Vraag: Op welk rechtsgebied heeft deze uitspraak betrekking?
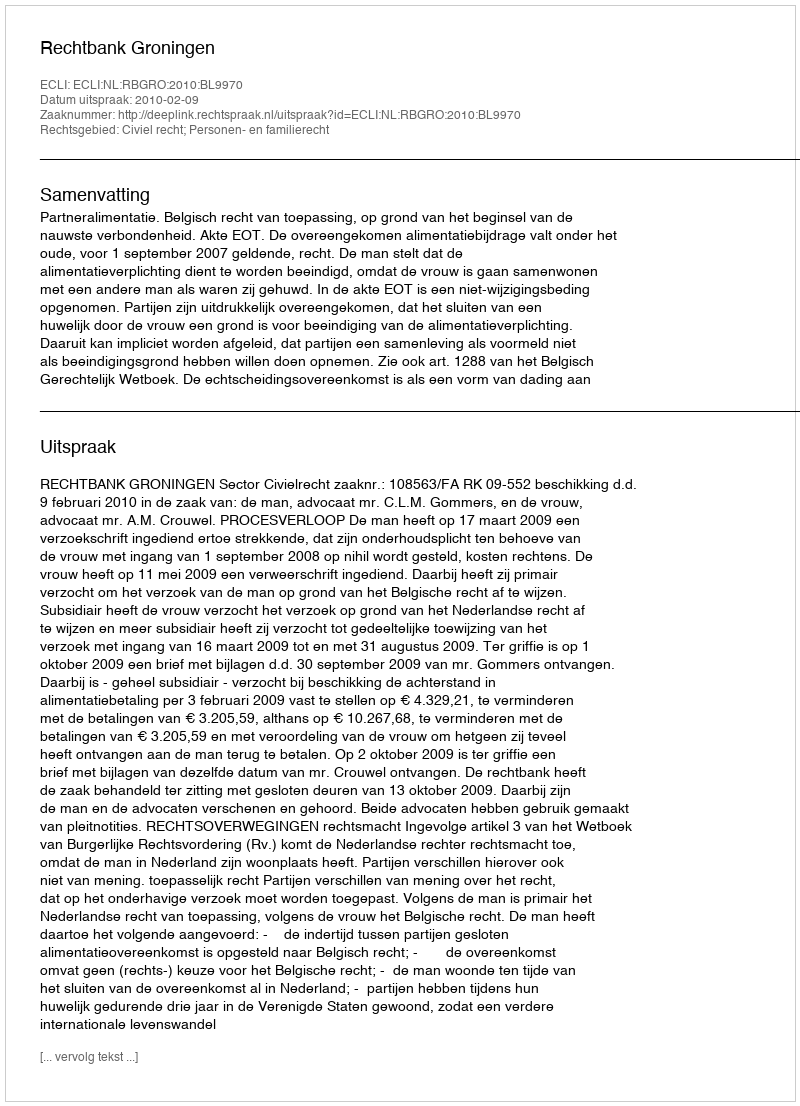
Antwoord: Civiel recht; Personen- en familierecht